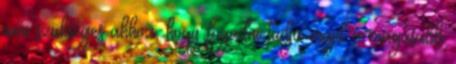
ami szükséges ahhoz, hogy fogadni tudja majd a magasabb